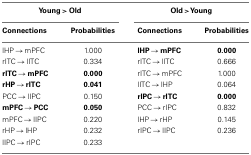
<table><thead><tr><td colspan="2"><b>Young &gt; Old</b></td><td colspan="2"><b>Old &gt; Young</b></td></tr><tr><td><b>Connections</b></td><td><b>Probabilities</b></td><td><b>Connections</b></td><td><b>Probabilities</b></td></tr></thead><tbody><tr><td>lHP → mPFC</td><td>1.000</td><td><b>lHP → mPFC</b></td><td><b>0.000</b></td></tr><tr><td>rITC → lITC</td><td>0.334</td><td>rITC → lITC</td><td>0.666</td></tr><tr><td><b>rITC → mPFC</b></td><td><b>0.000</b></td><td>rITC → mPFC</td><td>1.000</td></tr><tr><td><b>rHP → rITC</b></td><td><b>0.041</b></td><td>lITC → lHP</td><td>0.064</td></tr><tr><td>PCC → lIPC</td><td>0.150</td><td><b>rIPC → rITC</b></td><td><b>0.000</b></td></tr><tr><td><b>mPFC → PCC</b></td><td><b>0.050</b></td><td>PCC → rIPC</td><td>0.832</td></tr><tr><td>mPFC → lIPC</td><td>0.220</td><td>lHP → rHP</td><td>0.145</td></tr><tr><td>rHP → lHP</td><td>0.232</td><td>rIPC → lIPC</td><td>0.236</td></tr><tr><td>lIPC → rIPC</td><td>0.233</td><td></td><td></td></tr></tbody></table>